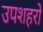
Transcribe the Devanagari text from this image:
उपशहरों